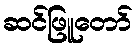
ဆင်ဖြူတော်